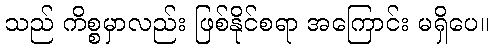
သည် ကိစ္စမှာလည်း ဖြစ်နိုင်စရာ အကြောင်း မရှိပေ။